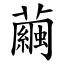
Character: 繭